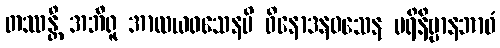
တဿန္တိ အဘီရူ အာလယဝသေနပိ ဝိနောဒနဝသေန ပရိနိဗ္ဗာနဘာဝံ